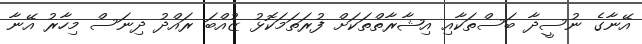
އޭނާގެ ނުސީދާ ބަސްތަކާއި އިޝާރާތްތަކަށް ފުރަތަމަކޮޅު ޒުއްބަ ރައްދު ދިނަސް މިހާރު އޭނާ